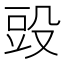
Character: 𣪌